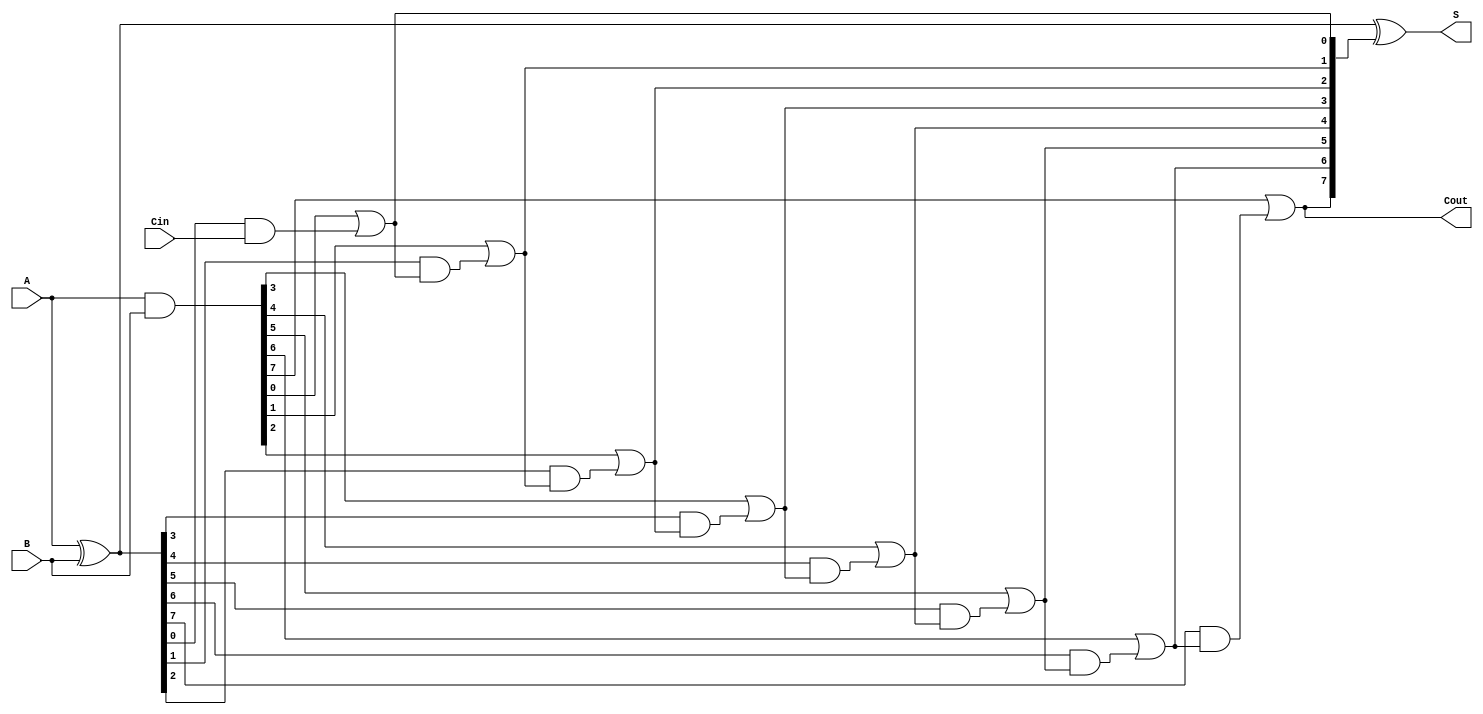
module KoggeStoneAdder #(parameter n = 8) (
    input  [n-1:0] A,
    input  [n-1:0] B,
    input          Cin,
    output [n-1:0] S,
    output         Cout
);

    // Generate and Propagate signals
    wire [n-1:0] G; // Generate
    wire [n-1:0] P; // Propagate
    wire [n:0] C;   // Carry

    // Generate and Propagate calculations
    assign G = A & B;          // Generate
    assign P = A ^ B;          // Propagate
    assign C[0] = Cin;         // Carry-in

    // Kogge-Stone Carry Generation
    genvar i, j, k;
    generate
        for (i = 0; i < n; i = i + 1) begin : carry_generation
            assign C[i + 1] = G[i] | (P[i] & C[i]); // Carry generation
        end
    endgenerate

    // Sum Calculation
    assign S = P ^ C[n:1]; // Sum bits

    // Final Carry-out
    assign Cout = C[n];

endmodule